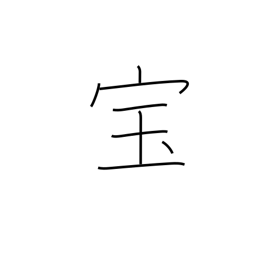
Meaning: treasure